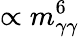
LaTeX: \propto m_{\gamma\gamma}^{6}